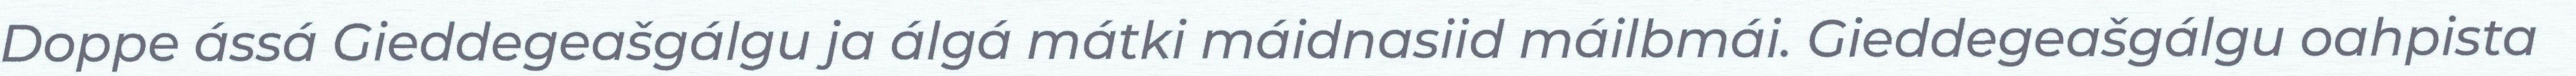
Doppe ássá Gieddegeašgálgu ja álgá mátki máidnasiid máilbmái. Gieddegeašgálgu oahpista